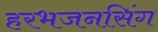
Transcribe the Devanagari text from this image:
हरभजनसिंग